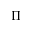
\Pi